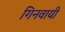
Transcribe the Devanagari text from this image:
गिनवायी